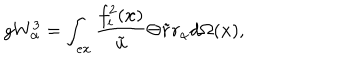
g W _ { \alpha } ^ { 3 } = \int _ { e x } \frac { f _ { i } ^ { 2 } ( \mathbf { x } ) } { \tilde { u } } \Theta \tilde { r } r _ { \alpha } d \Omega ( \mathbf { x } ) ,